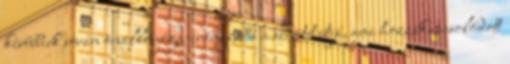
későbbiek során önálló jóga-irányzattá a szeretet útja, ami hozzákapcsolódott